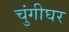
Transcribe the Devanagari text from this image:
चुंगीघर